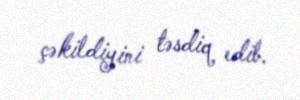
çəkildiyini təsdiq edib.